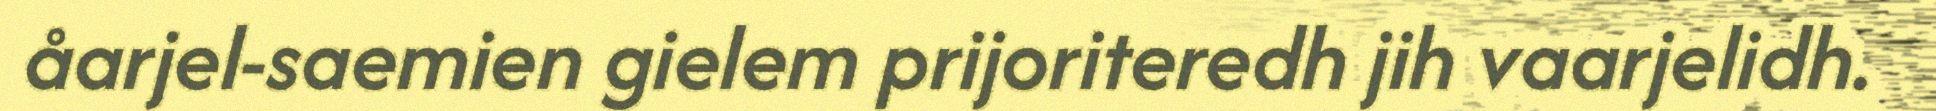
åarjel-saemien gielem prijoriteredh jih vaarjelidh.